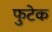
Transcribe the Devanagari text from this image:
फुटेक